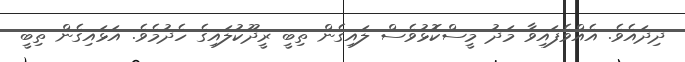
ދިދައެވެ. އެއްވެފައިވާ މަދު މީސްކޮޅުވެސް ލައިގެން ތިބީ ރީދޫކުލައިގެ ހެދުމެވެ. އަޅައިގެން ތިބީ